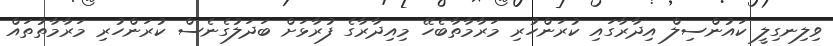
ވިލިނގިލީ ކައުންސިލް އިދާރާގައި ކުރަންހުރި މަރާމާތާބެހޭ މިއިދާރާގެ ފުރާޅަށް ބަދަލުގެނެސް ކުރަންހުރި މަރާމާތުތައް